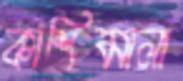
কাশিমালা